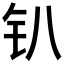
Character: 𫓥